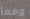
ومما